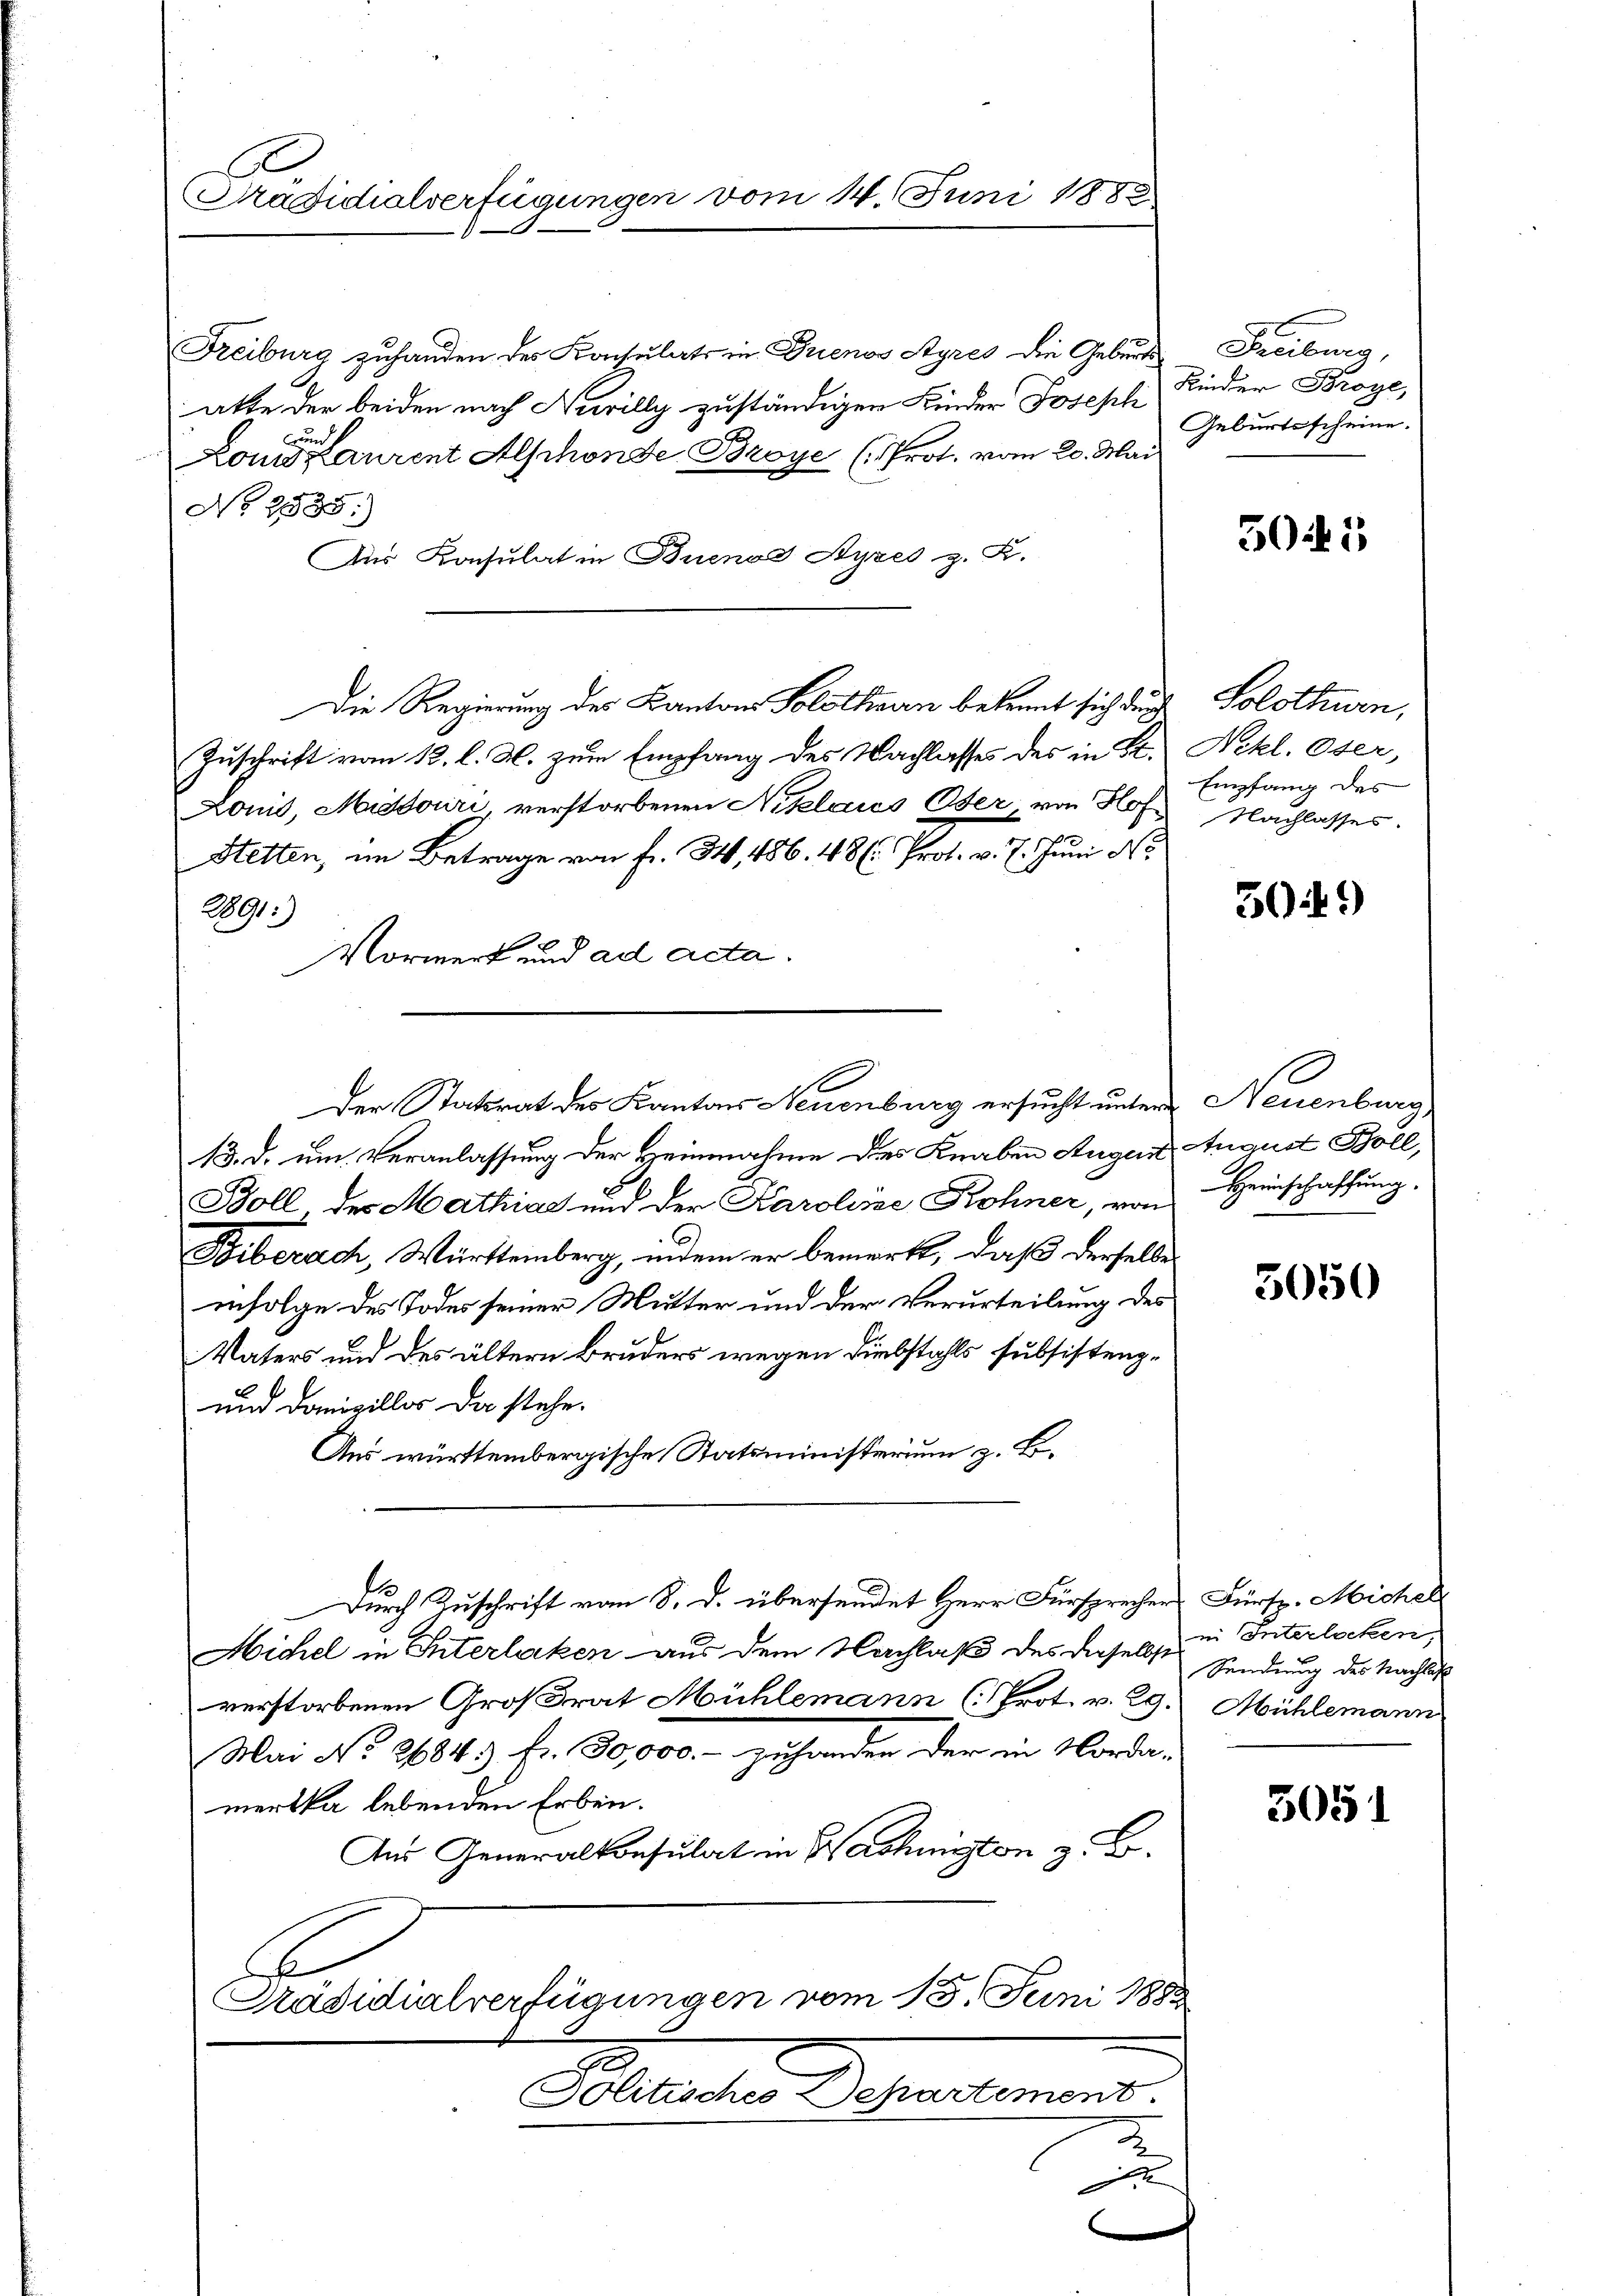
C
Präsidialverfügungen vom 14. Juni 1883

Freiburg zuhanden des Konsulats in Buenos Ayres die Geburts
atte der beiden nach Nevilly zuständigen Kinder Joseph Kinder Broye,
wen
Lonzlaurent Alschonde Broye (Prot. vom 20. Mai
No 21535.)
Aus Konsulat in Buenos Ayres z. R.
Zuschrift vom 12. l. M. zum Empfang des Nachlasses des in St. Nikl. Oser,
Lonis, Middouri verstorbenen Niklares Oser, von Hof Nachlasses.
Stetten, im Betrage von fr. 34, 486. 48. Prof. v. 7. Juni No
2891)
Vormerk und ad acta.
13. d. um Veranlassung der Heinnahme des Knaben Augen August Goll,
Boll des Mathias und der Karoline Rohner, von Heinschaffung,
6
Phiberach, Württemberg, indem er bemerkt, daß derselbe
infolge des Todes seiner Mutter und der Verurteilung des
Vaters und des ältern Bruders wegen Diebstahls subsistenz-
und Donigillos da stehe.
Aus württembergische Statsministerium z. B.
Durch Zuschrift vom 8. d. übersendet Herr Fürsprecher Fürsp. Michel
Michel in Interlaken aus dem Nachlaß des daselbst in Interlocken
verstorbenen Großrat Mühlemann (Prot. v. 29. Mühlemann
Mai No 26843) Fr. 30,000.- gehanden der in Nordamerkka lebenden Erben.
Aus Generalkonsulat in Wachmiton z. B.
E
Präsidialverfügungen vom 15. Juni 1888

Der Statsrat des Kantons Neuenburg ersucht unter Neuenburg

Die Regierung des Kantons Solothurn bekannt sich der

Freibung,
Geburtsscheine.

5011

Solothurn,
Empfang des

5049

5050

Sendung des Nachlass

5051